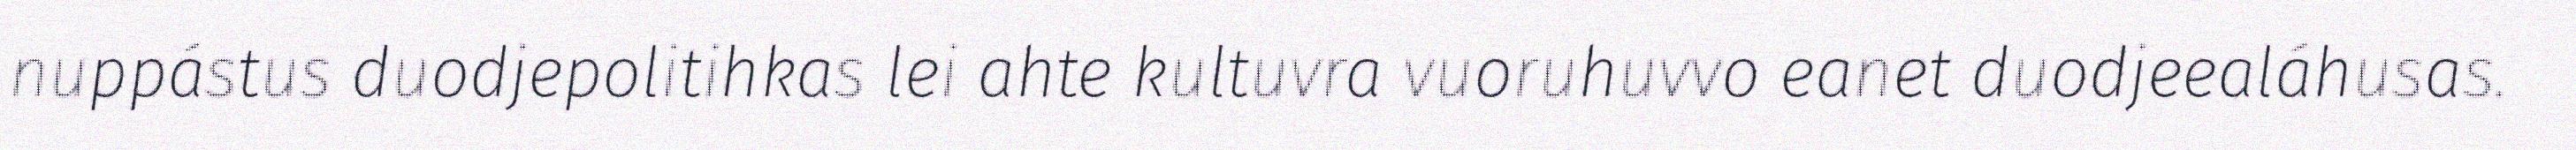
nuppástus duodjepolitihkas lei ahte kultuvra vuoruhuvvo eanet duodjeealáhusas.